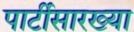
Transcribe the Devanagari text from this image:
पार्टीसारख्या